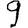
Digit: 9